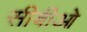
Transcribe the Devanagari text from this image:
सीबीओ